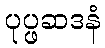
ပုပ္ဖဆဒနံ